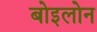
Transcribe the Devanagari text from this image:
बोइलोन